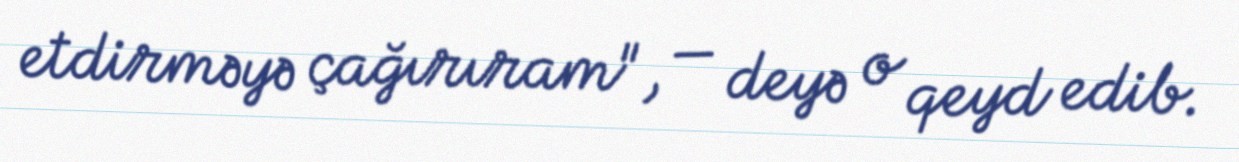
etdirməyə çağırıram", — deyə o qeyd edib.